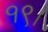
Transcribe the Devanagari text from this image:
१९।